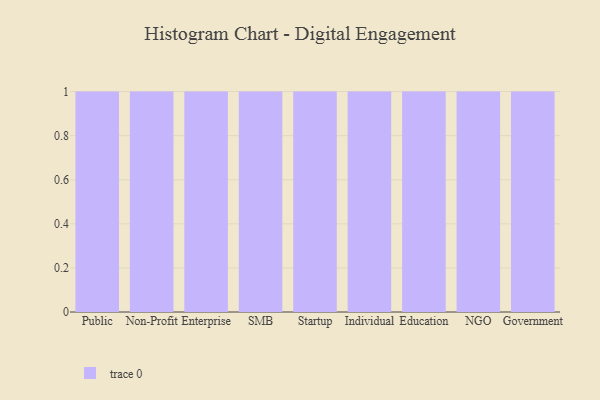
{"axis": {"x": "Segment", "y": "Conversion Rate (%)"}, "legend": [""], "data": [{"x": "Public", "y": 45, "type": ""}, {"x": "Non-Profit", "y": 67, "type": ""}, {"x": "Enterprise", "y": 27, "type": ""}, {"x": "SMB", "y": 25, "type": ""}, {"x": "Startup", "y": 29, "type": ""}, {"x": "Individual", "y": 66, "type": ""}, {"x": "Education", "y": 75, "type": ""}, {"x": "NGO", "y": 50, "type": ""}, {"x": "Government", "y": 16, "type": ""}]}